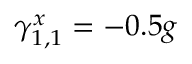
\gamma _ { 1 , 1 } ^ { x } = - 0 . 5 g